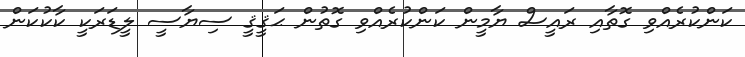
ކަންކުރެއްވި ގޮތާއި ރައީސް ޔާމީން ކަންކުރެއްވި ގޮތުން ޙަޤީޤީ ސިޔާސީ ލީޑަރަކީ ކާކުކަން